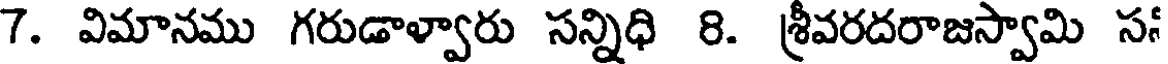
7. విమానము గరుడాళ్వారు సన్నిధి 8. శ్రీవరదరాజస్వామి స